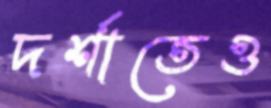
দর্শাতেও